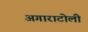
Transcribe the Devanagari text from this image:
अगाराटोली